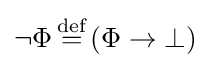
\neg \Phi \,{\overset {\text{def}}{=}}\,(\Phi \to \bot )